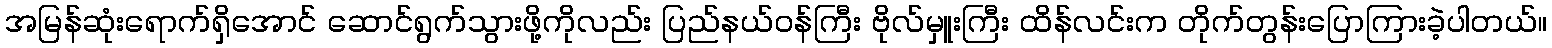
အမြန်ဆုံးရောက်ရှိအောင် ဆောင်ရွက်သွားဖို့ကိုလည်း ပြည်နယ်ဝန်ကြီး ဗိုလ်မှူးကြီး ထိန်လင်းက တိုက်တွန်းပြောကြားခဲ့ပါတယ်။